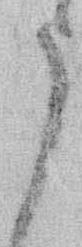
う